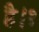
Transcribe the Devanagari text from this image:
है।१